Elephants and their diseases
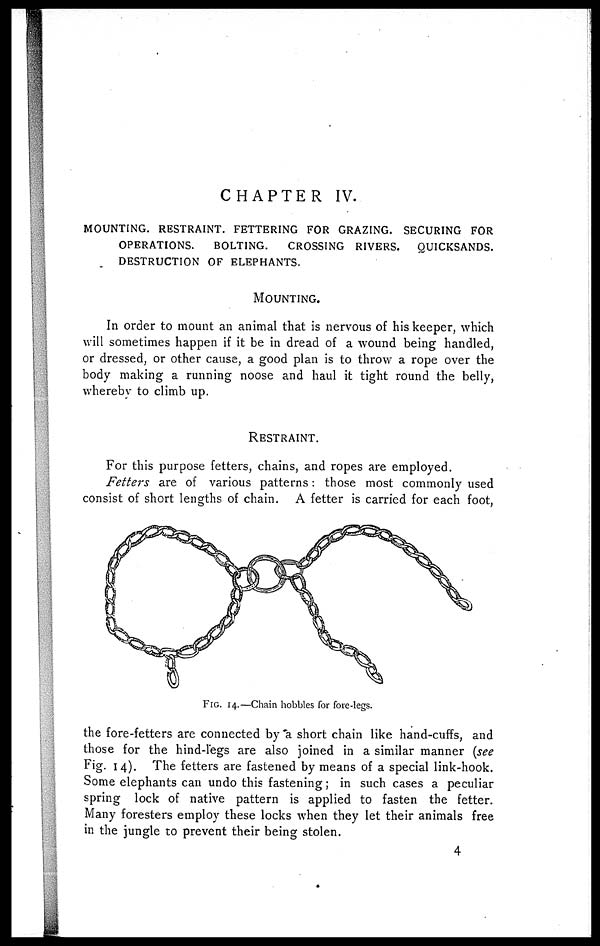
CHAPTER IV.
MOUNTING. RESTRAINT. FETTERING FOR GRAZING. SECURING FOR
OPERATIONS.
BOLTING.
CROSSING RIVERS. QUICKSANDS.
DESTRUCTION OF ELEPHANTS.
MOUNTING.
In order to mount an animal that is nervous of his keeper, which
will sometimes happen if it be in dread of a wound being handled,
or dressed, or other cause, a good plan is to throw a rope over the
body making a running noose and haul it tight round the belly,
whereby to climb up.
RESTRAINT.
For this purpose fetters, chains, and ropes are employed.
Fetters are of various patterns: those most commonly used
consist of short lengths of chain. A fetter is carried for each foot,
the fore-fetters are connected by a short chain like hand-cuffs, and
those for the hind-legs are also joined in a similar manner (see
Fig. 14). The fetters are fastened by means of a special link-hook.
Some elephants can undo this fastening; in such cases a peculiar
spring lock of native pattern is applied to fasten the fetter.
Many foresters employ these locks when they let their animals free
in the jungle to prevent their being stolen.
FIG. 14.—Chain hobbles for fore-legs.
4